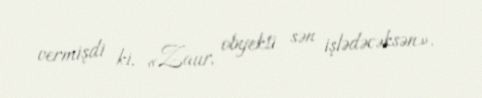
vermişdi ki, «Zaur, obyekti sən işlədəcəksən».